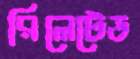
রিলেটেড